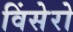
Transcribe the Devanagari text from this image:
विंसेरो